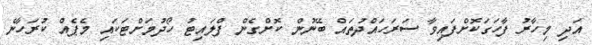
އަދި މިހާރު ފާހަގަކޮށްފައިވާ ސަރަހައްދުތަައް ބޭނުން ކޮށްގެން ފްލައިޓު ހޯދުމަށްޓަކައި މެޕެއް ކުރަހާނެ